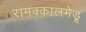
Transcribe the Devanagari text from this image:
रामक्कालमेडू